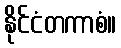
နိုင်ငံတကာစံ။